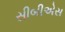
સીબીએસ